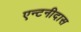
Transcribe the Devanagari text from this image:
एन्टनीदास